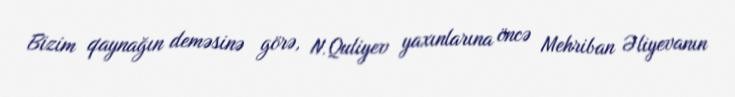
Bizim qaynağın deməsinə görə, N.Quliyev yaxınlarına öncə Mehriban Əliyevanın